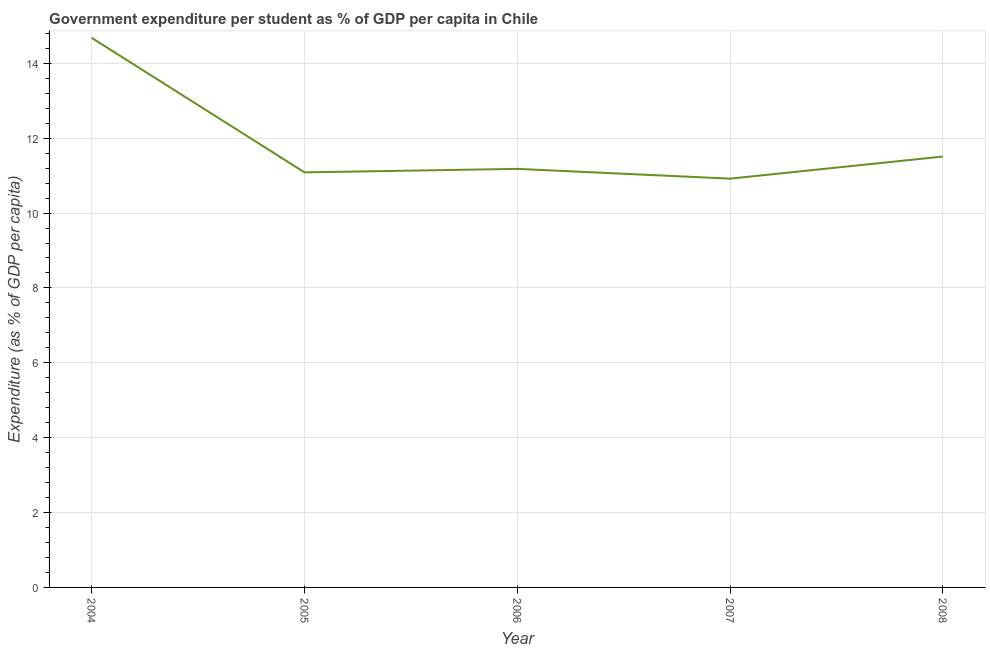
| Year | Government expenditure per tertiary student |
 | --- | --- |
 | 2004 | 14.7 |
 | 2005 | 11.1 |
 | 2006 | 11.2 |
 | 2007 | 10.9 |
 | 2008 | 11.5 |